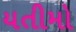
યતીમો